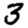
Digit: 3